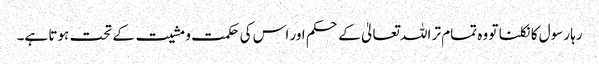
رہا رسول کا نکلنا تو وہ تمام تر اللہ تعالیٰ کے حکم اور اس کی حکمت و مشیت کے تحت ہوتا ہے۔